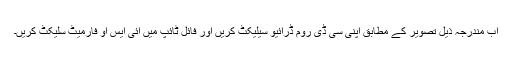
اب مندرجہ ذیل تصویر کے مطابق اپنی سی ڈی روم ڈرائیو سیلیکٹ کریں اور فائل ٹائپ میں آئی ایس او فارمیٹ سلیکٹ کریں۔